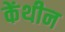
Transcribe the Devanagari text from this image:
केंथीन